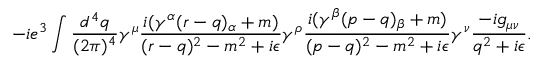
- i e ^ { 3 } \int { \frac { d ^ { 4 } q } { ( 2 \pi ) ^ { 4 } } } \gamma ^ { \mu } { \frac { i ( \gamma ^ { \alpha } ( r - q ) _ { \alpha } + m ) } { ( r - q ) ^ { 2 } - m ^ { 2 } + i \epsilon } } \gamma ^ { \rho } { \frac { i ( \gamma ^ { \beta } ( p - q ) _ { \beta } + m ) } { ( p - q ) ^ { 2 } - m ^ { 2 } + i \epsilon } } \gamma ^ { \nu } { \frac { - i g _ { \mu \nu } } { q ^ { 2 } + i \epsilon } } .